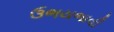
ઉભયભાવી